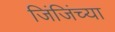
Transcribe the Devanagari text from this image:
जिंजिंच्या